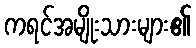
ကရင်အမျိုးသားများ၏